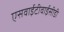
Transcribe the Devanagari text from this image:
एसवाईटीवाईसीडी